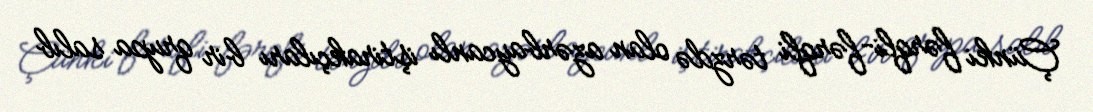
Çünki fərqli-fərqli tərzdə olan azərbaycanlı iştirakçıları bir qrupa salıb